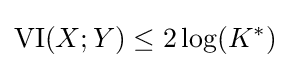
\mathrm {VI} (X;Y)\leq 2\log(K^{*})